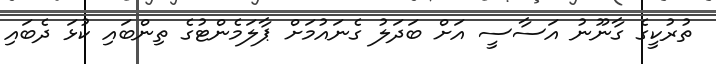
ތުރުކީގެ ގާނޫނު އަސާސީ އަށް ބަދަލު ގެނައުމަށް ޕާލަމެންޓުގެ ތިންބައި ކުޅަ ދެބައި